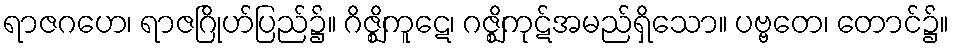
ရာဇဂဟေ၊ ရာဇဂြိုဟ်ပြည်၌။ ဂိဇ္ဈိကူဋေ၊ ဂဇ္ဈိကုဋ်အမည်ရှိသော။ ပဗ္ဗတေ၊ တောင်၌။